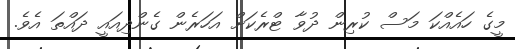
މީގެ ހައެއްކަ މަސް ކުރިން ދުވާ ޓްރެކަށް އަހަރެން ގެންދިއައީ ދައްތަ އެވެ.